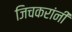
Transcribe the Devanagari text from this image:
जिचकरांनी